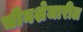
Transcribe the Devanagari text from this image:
चीनशेजारील